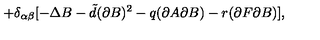
+ \delta _ { \alpha \beta } [ - \Delta B - { \tilde { d } } ( \partial B ) ^ { 2 } - q ( \partial A \partial B ) - r ( \partial F \partial B ) ] ,